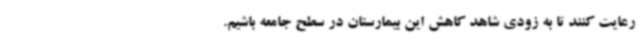
رعایت کنند تا به زودی شاهد کاهش این بیمارستان در سطح جامعه باشیم.